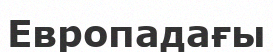
Европадағы